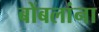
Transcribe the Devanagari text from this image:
बोंबलांना